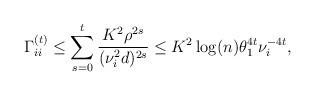
LaTeX: \begin{align*} \Gamma_{ii}^{(t)}\leq \sum_{s=0}^t \frac{K^2 \rho^{2s}}{(\nu_i^2 d)^{2s}}\leq K^2 \log (n) \theta_1^{4t}\nu_i^{-4t},\end{align*}